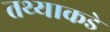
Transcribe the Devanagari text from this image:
तथ्याकडे